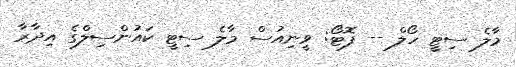
މާލެ ސިޓީ ހޯލް -- ފޮޓޯ: ވީނިއުސް މާލެ ސިޓީ ކައުންސިލްގެ އިދާރާ